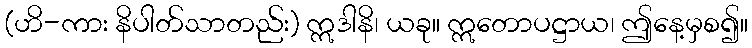
(ဟိ-ကား နိပါတ်သာတည်း) ဣဒါနိ၊ ယခု။ ဣတောပဋ္ဌာယ၊ ဤနေ့မှစ၍။